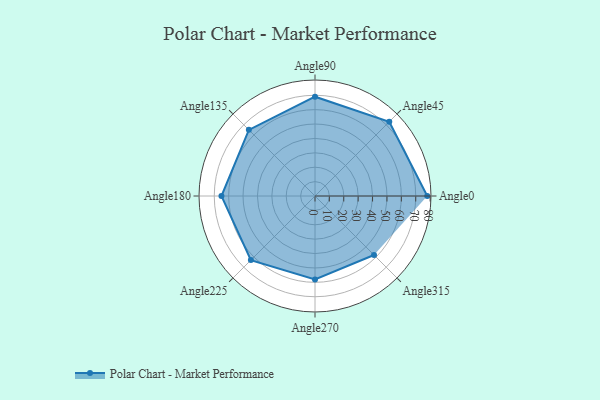
{"axis": {"x": "Angle", "y": "Radius"}, "legend": [""], "data": [{"x": "Angle0", "y": 78.0, "type": ""}, {"x": "Angle45", "y": 73.0, "type": ""}, {"x": "Angle90", "y": 69.0, "type": ""}, {"x": "Angle135", "y": 65.0, "type": ""}, {"x": "Angle180", "y": 65.0, "type": ""}, {"x": "Angle225", "y": 63.0, "type": ""}, {"x": "Angle270", "y": 58.0, "type": ""}, {"x": "Angle315", "y": 58.0, "type": ""}]}